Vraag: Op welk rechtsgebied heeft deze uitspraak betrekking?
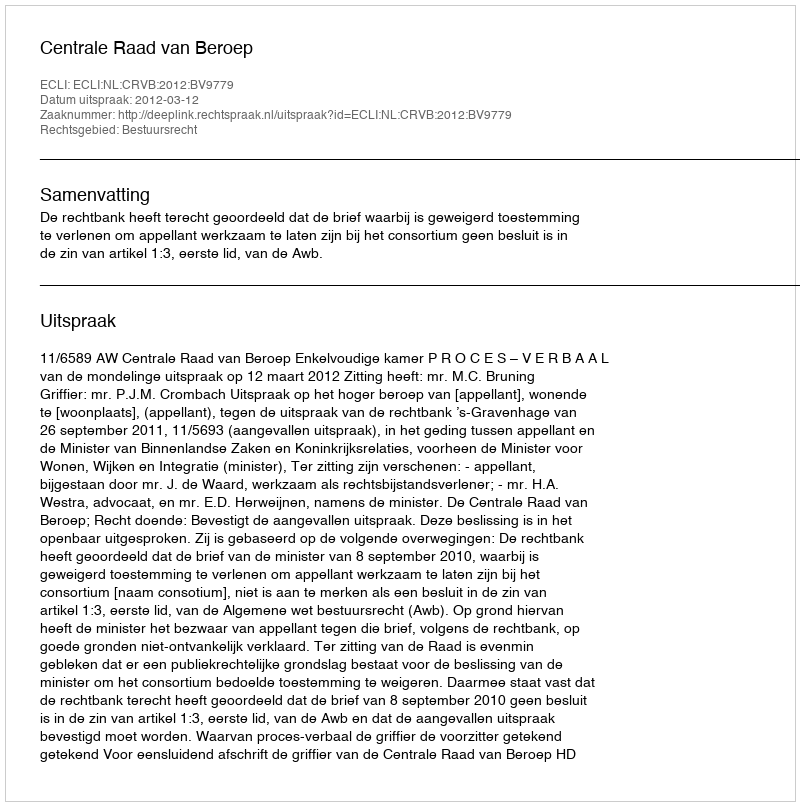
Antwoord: Bestuursrecht